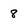
Character: 8